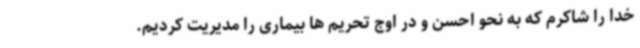
خدا را شاکرم که به نحو احسن و در اوج تحریم ها بیماری را مدیریت کردیم.